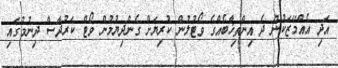
އަދި އެއްމޭޒަކުން ދެ އިންތިޚާބެއްގެ ވޯޓުލުން ކުރިޔަށް ގެންދިޔުމުން ވޯޓް ކަރުދާސް ދިނުމުގައި